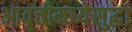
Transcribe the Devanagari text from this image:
आवृत्तीमध्येसुद्धा